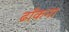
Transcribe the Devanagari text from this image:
ढाँकना